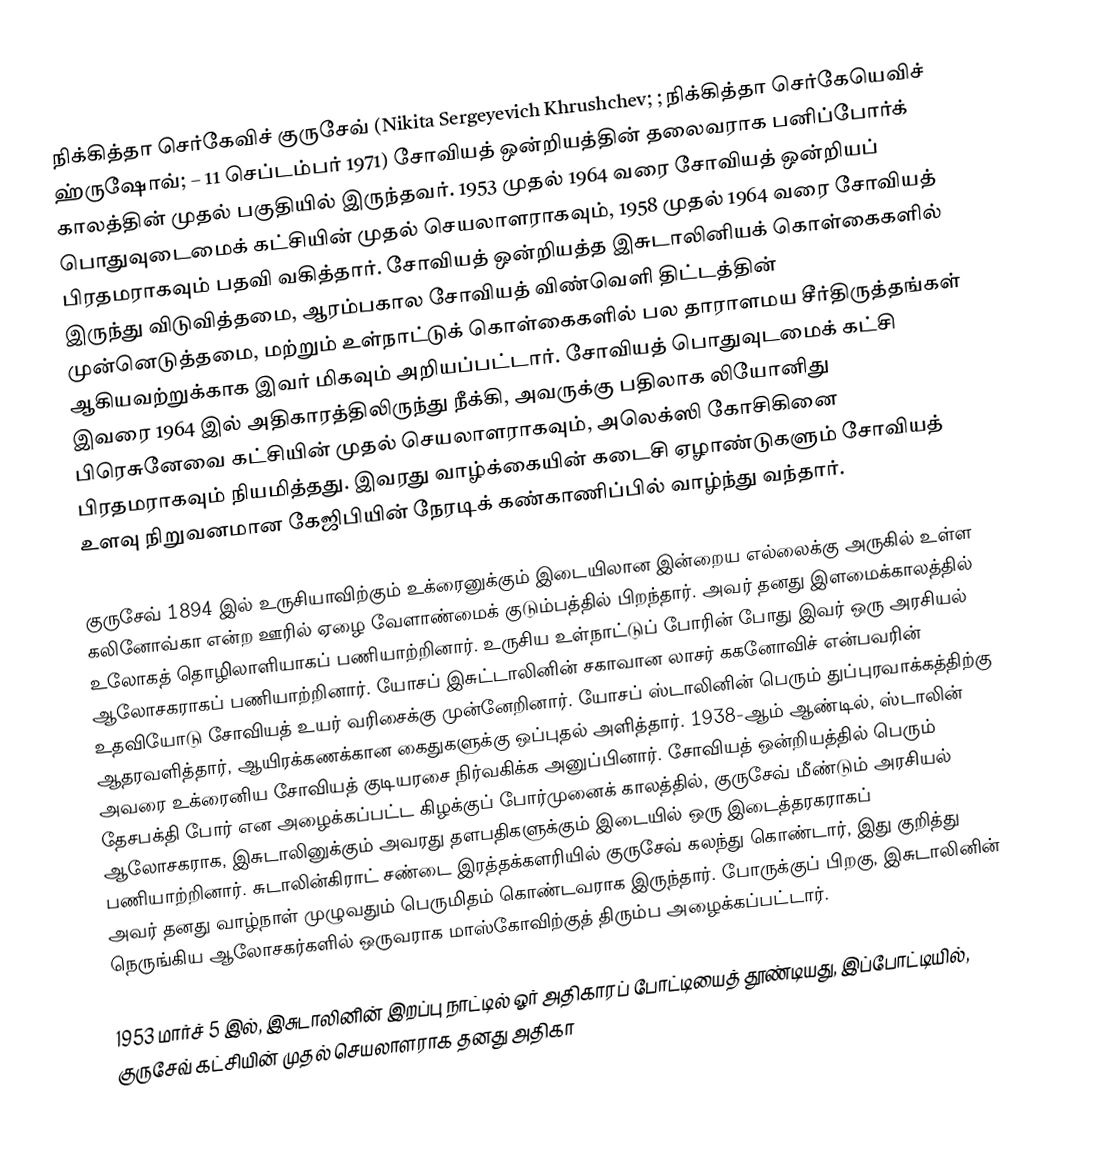
நிக்கித்தா செர்கேவிச் குருசேவ் (Nikita Sergeyevich Khrushchev; ; நிக்கித்தா செர்கேயெவிச் ஹ்ருஷோவ்;  – 11 செப்டம்பர் 1971) சோவியத் ஒன்றியத்தின் தலைவராக பனிப்போர்க் காலத்தின் முதல் பகுதியில் இருந்தவர். 1953 முதல் 1964 வரை சோவியத் ஒன்றியப் பொதுவுடைமைக் கட்சியின் முதல் செயலாளராகவும், 1958 முதல் 1964 வரை சோவியத் பிரதமராகவும் பதவி வகித்தார். சோவியத் ஒன்றியத்த இசுடாலினியக் கொள்கைகளில் இருந்து விடுவித்தமை, ஆரம்பகால சோவியத் விண்வெளி திட்டத்தின் முன்னெடுத்தமை, மற்றும் உள்நாட்டுக் கொள்கைகளில் பல தாராளமய சீர்திருத்தங்கள் ஆகியவற்றுக்காக இவர் மிகவும் அறியப்பட்டார். சோவியத் பொதுவுடமைக் கட்சி இவரை 1964 இல் அதிகாரத்திலிருந்து நீக்கி, அவருக்கு பதிலாக லியோனிது பிரெசுனேவை கட்சியின் முதல் செயலாளராகவும், அலெக்ஸி கோசிகினை பிரதமராகவும் நியமித்தது. இவரது வாழ்க்கையின் கடைசி ஏழாண்டுகளும் சோவியத் உளவு நிறுவனமான கேஜிபியின் நேரடிக் கண்காணிப்பில் வாழ்ந்து வந்தார்.

குருசேவ் 1894 இல் உருசியாவிற்கும் உக்ரைனுக்கும் இடையிலான இன்றைய எல்லைக்கு அருகில் உள்ள கலினோவ்கா என்ற ஊரில் ஏழை வேளாண்மைக் குடும்பத்தில் பிறந்தார். அவர் தனது இளமைக்காலத்தில் உலோகத் தொழிலாளியாகப் பணியாற்றினார். உருசிய உள்நாட்டுப் போரின் போது இவர் ஒரு அரசியல் ஆலோசகராகப் பணியாற்றினார். யோசப் இசுட்டாலினின் சகாவான லாசர் ககனோவிச் என்பவரின் உதவியோடு சோவியத் உயர் வரிசைக்கு முன்னேறினார். யோசப் ஸ்டாலினின் பெரும் துப்புரவாக்கத்திற்கு ஆதரவளித்தார், ஆயிரக்கணக்கான கைதுகளுக்கு ஒப்புதல் அளித்தார். 1938-ஆம் ஆண்டில், ஸ்டாலின் அவரை உக்ரைனிய சோவியத் குடியரசை நிர்வகிக்க அனுப்பினார். சோவியத் ஒன்றியத்தில் பெரும் தேசபக்தி போர் என அழைக்கப்பட்ட கிழக்குப் போர்முனைக் காலத்தில், குருசேவ் மீண்டும் அரசியல் ஆலோசகராக, இசுடாலினுக்கும் அவரது தளபதிகளுக்கும் இடையில் ஒரு இடைத்தரகராகப் பணியாற்றினார். சுடாலின்கிராட் சண்டை இரத்தக்களரியில் குருசேவ் கலந்து கொண்டார், இது குறித்து அவர் தனது வாழ்நாள் முழுவதும் பெருமிதம் கொண்டவராக இருந்தார். போருக்குப் பிறகு, இசுடாலினின் நெருங்கிய ஆலோசகர்களில் ஒருவராக மாஸ்கோவிற்குத் திரும்ப அழைக்கப்பட்டார்.

1953 மார்ச் 5 இல், இசுடாலினின் இறப்பு நாட்டில் ஓர் அதிகாரப் போட்டியைத் தூண்டியது, இப்போட்டியில், குருசேவ் கட்சியின் முதல் செயலாளராக தனது அதிகா